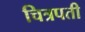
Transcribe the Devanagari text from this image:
चित्रपती